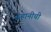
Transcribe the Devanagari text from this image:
कहानीची